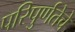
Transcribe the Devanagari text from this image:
परिपुर्णतेचे